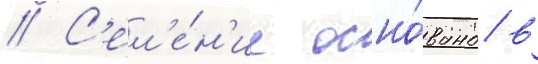
// С'ел'е́н'ие осно́вано в